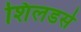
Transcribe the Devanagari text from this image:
शिलडर्स